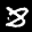
Label: 8